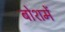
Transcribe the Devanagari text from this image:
बोशमें